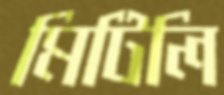
মিটিলি